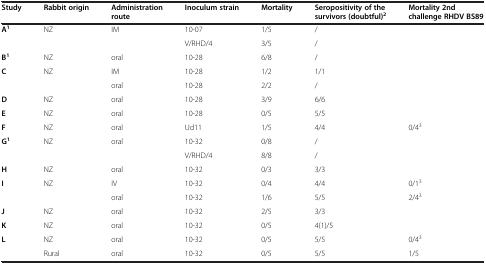
| Study | Rabbit origin | Administration route | Inoculum strain | Mortality | Seropositivity of the survivors (doubtful)2 | Mortality 2nd challenge RHDV BS89 |
 | --- | --- | --- | --- | --- | --- | --- |
 | <ROWSPAN=2> A1 | NZ | <ROWSPAN=2> IM | 10-07 | 1/5 | / |  |
 |  | V/RHD/4 | 3/5 | / |  |
 | B1 | NZ | oral | 10-28 | 6/8 | / |  |
 | <ROWSPAN=2> C | NZ | IM | 10-28 | 1/2 | 1/1 |  |
 |  | oral | 10-28 | 2/2 | / |  |
 | D | NZ | oral | 10-28 | 3/9 | 6/6 |  |
 | E | NZ | oral | 10-28 | 0/5 | 5/5 |  |
 | F | NZ | oral | Ud11 | 1/5 | 4/4 | 0/43 |
 | <ROWSPAN=2> G1 | NZ | <ROWSPAN=2> oral | 10-32 | 0/8 | / |  |
 |  | V/RHD/4 | 8/8 | / |  |
 | H | NZ | oral | 10-32 | 0/3 | 3/3 |  |
 | <ROWSPAN=2> I | NZ | IV | 10-32 | 0/4 | 4/4 | 0/13 |
 |  | oral | 10-32 | 1/6 | 5/5 | 2/43 |
 | J | NZ | oral | 10-32 | 2/5 | 3/3 |  |
 | K | NZ | oral | 10-32 | 0/5 | 4(1)/5 |  |
 | L | NZ | oral | 10-32 | 0/5 | 5/5 | 0/43 |
 |  | Rural | oral | 10-32 | 0/5 | 5/5 | 1/5 |